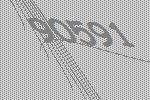
90591